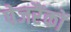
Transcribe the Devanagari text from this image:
पेजरैंकों